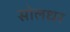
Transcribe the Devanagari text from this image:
सोलधर